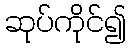
ဆုပ်ကိုင်၍